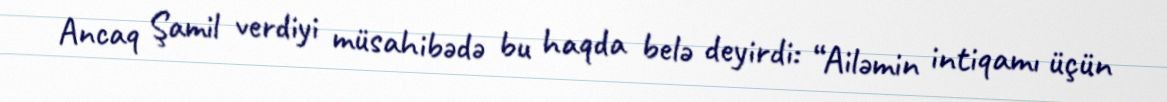
Ancaq Şamil verdiyi müsahibədə bu haqda belə deyirdi: “Ailəmin intiqamı üçün